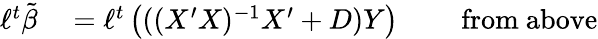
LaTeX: \begin{array}{rlrl}{\ell^{t}{\tilde{\beta}}}&{{}=\ell^{t}\left(((X^{\prime}X)^{-1}X^{\prime}+D)Y\right)}&{}&{{}{\mathrm{~from~above}}}\end{array}